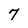
Character: 7